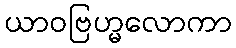
ယာဝဗြဟ္မလောကာ